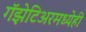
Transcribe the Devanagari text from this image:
गॅझेटिअरमध्येही